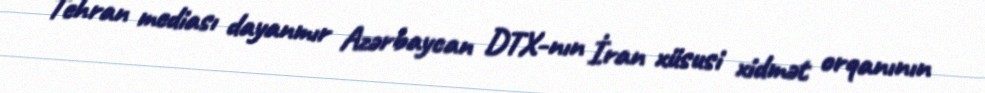
Tehran mediası dayanmır Azərbaycan DTX-nın İran xüsusi xidmət orqanının